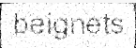
beignets